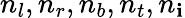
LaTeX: n_{l},n_{r},n_{b},n_{t},n_{\mathbf{i}}